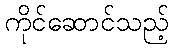
ကိုင်ဆောင်သည့်